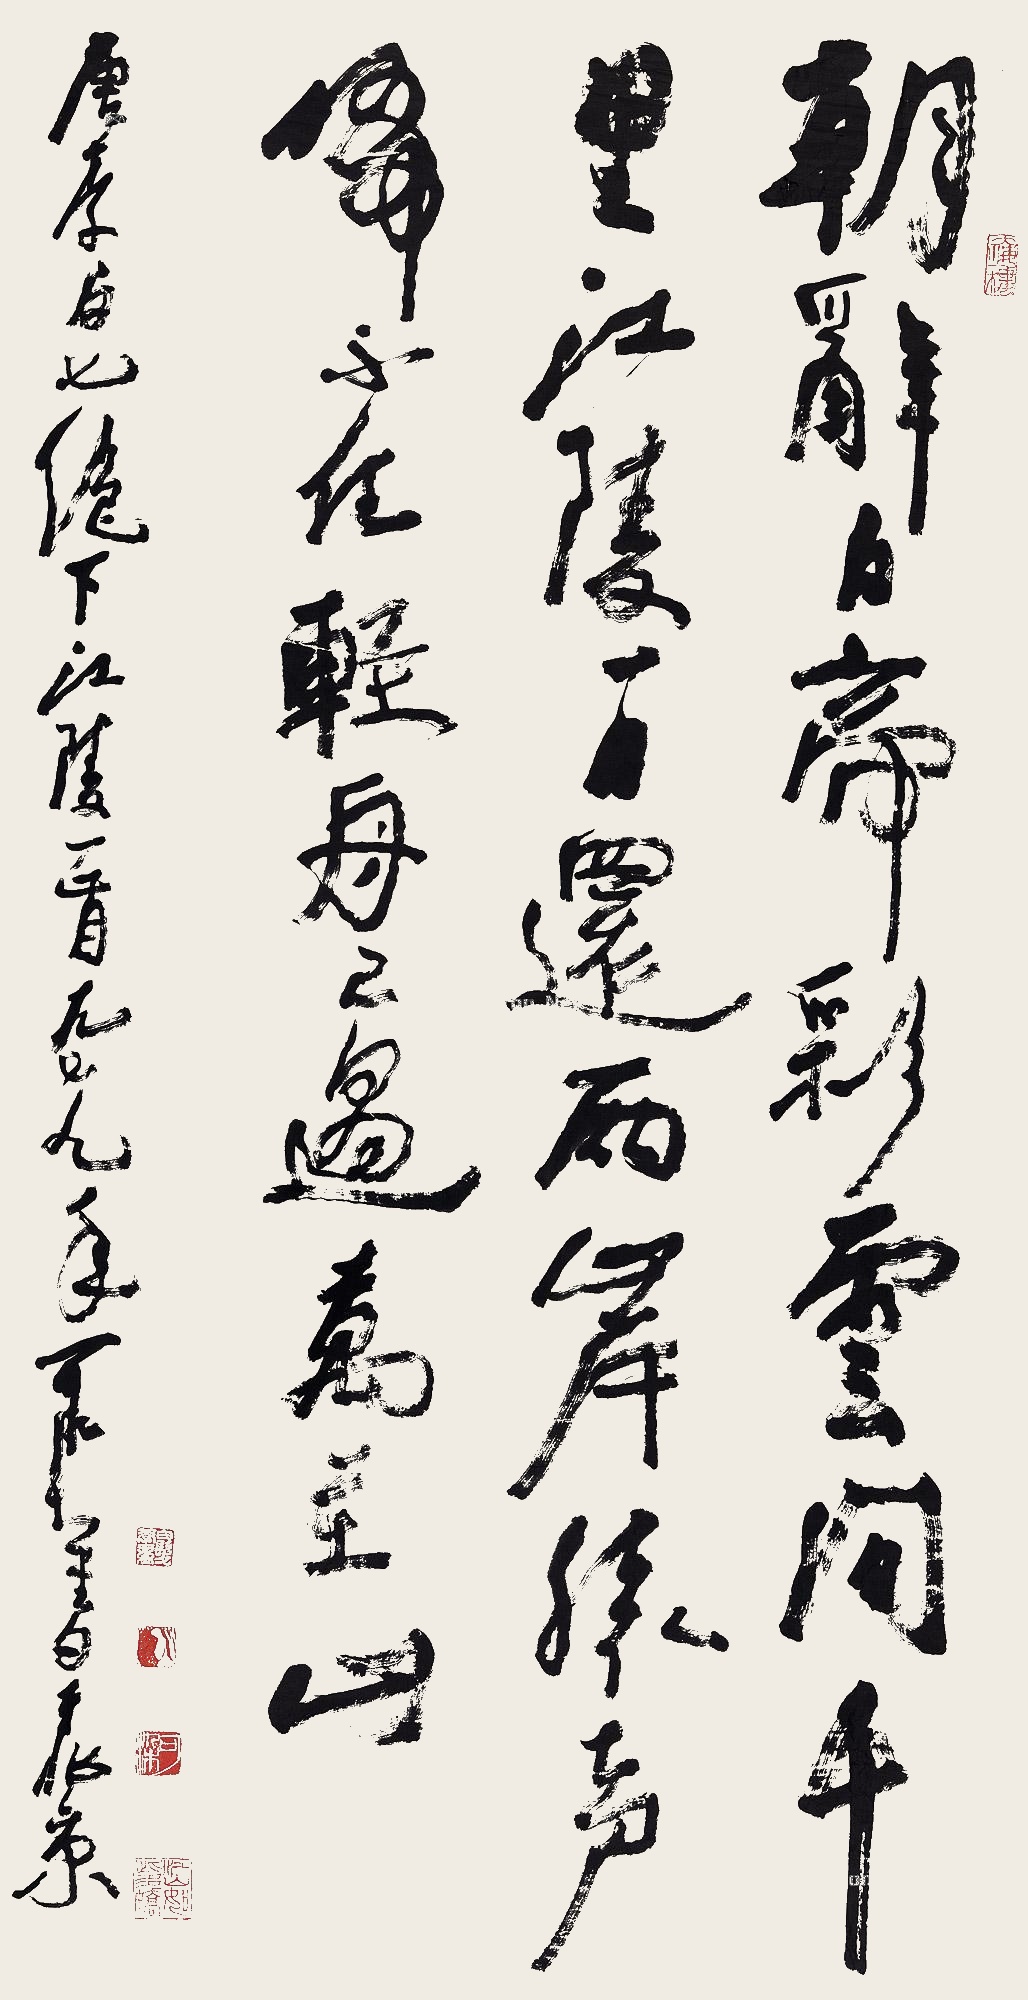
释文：朝辞白帝彩云间，千里江陵一日还。两岸猿声啼不住，轻舟已过万重山。唐李白七绝下江陵一首。一九七九年，可染书于北京。